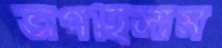
ভাগছিলাম